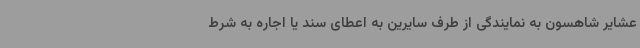
عشایر شاهسون به نمایندگی از طرف سایرین به اعطای سند یا اجاره به شرط